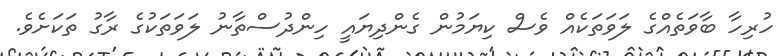
ހުރިހާ ބާވަތެއްގެ ލަވަތަކެއް ވެސް ކިޔަމުން ގެންދިޔައީ ހިންދުސްތާނު ލަވަތަކުގެ ރާގު ތަކަށެވެ.